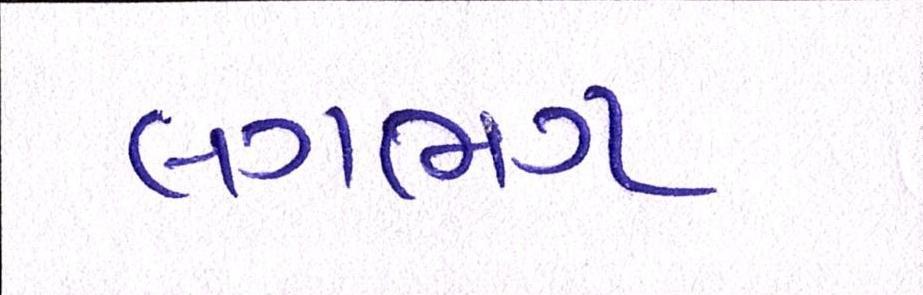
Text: લગભગ